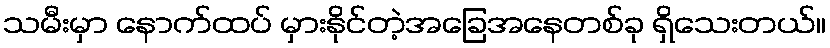
သမီးမှာ နောက်ထပ် မှားနိုင်တဲ့အခြေအနေတစ်ခု ရှိသေးတယ်။